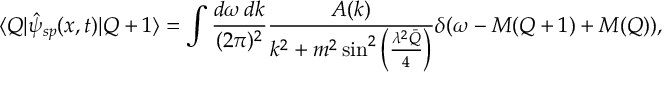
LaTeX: \langle Q | \hat { \psi } _ { s p } ( x , t ) | Q + 1 \rangle = \int \frac { d \omega \, d k } { ( 2 \pi ) ^ { 2 } } \frac { { \cal A } ( k ) } { k ^ { 2 } + m ^ { 2 } \sin ^ { 2 } \left( \frac { \lambda ^ { 2 } \bar { Q } } { 4 } \right) } \delta ( \omega - M ( Q + 1 ) + M ( Q ) ) ,